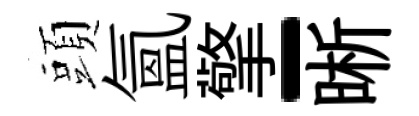
頭氳擎-晰